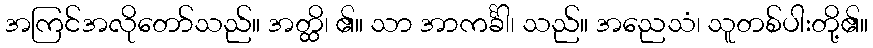
အကြင်အလိုတော်သည်။ အတ္ထိ၊ ၏။ သာ အာကင်္ခါ၊ သည်။ အညေသံ၊ သူတစ်ပါးတို့၏။